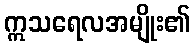
ဣသရေလအမျိုး၏